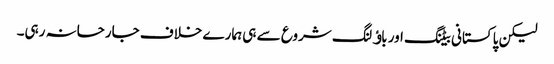
لیکن پاکستانی بیٹنگ اور باﺅلنگ شروع سے ہی ہمارے خلاف جارحانہ رہی۔